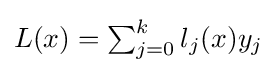
{\textstyle L(x)=\sum _{j=0}^{k}l_{j}(x)y_{j}}